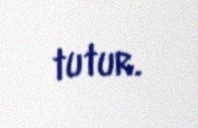
tutur.